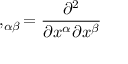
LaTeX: , _ { \alpha \beta } = { \frac { \partial ^ { 2 } } { \partial x ^ { \alpha } \partial x ^ { \beta } } }